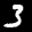
Label: 3